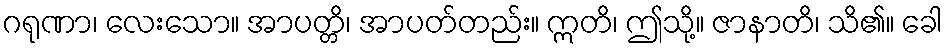
ဂရုဏာ၊ လေးသော။ အာပတ္တိ၊ အာပတ်တည်း။ ဣတိ၊ ဤသို့။ ဇာနာတိ၊ သိ၏။ ခေါ